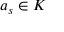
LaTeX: a _ { s } \in K